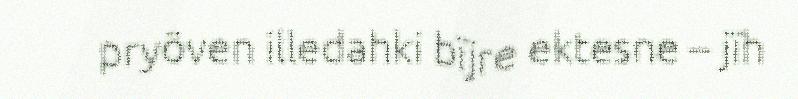
pryöven illedahki bïjre ektesne – jïh